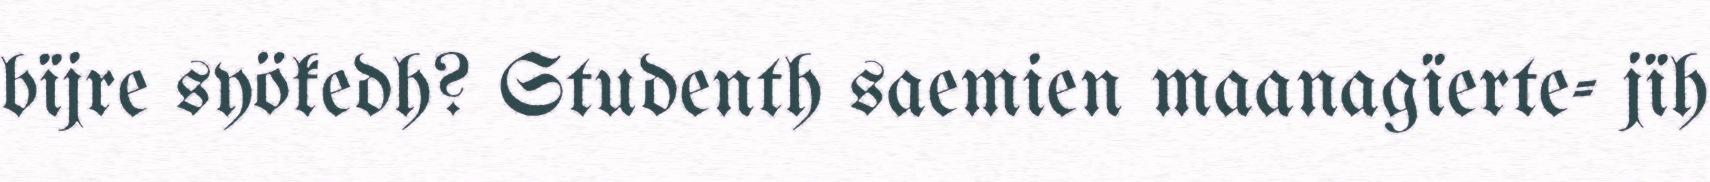
bïjre syökedh? Studenth saemien maanagïerte- jïh